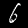
Digit: 6